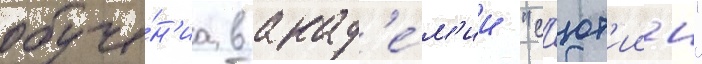
обуче́н'иа в акад'е́м'ии "с'ют'иин"